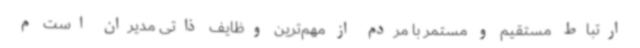
ارتباط مستقیم و مستمر با مردم از مهم‌ترین وظایف ذاتی مدیران است م